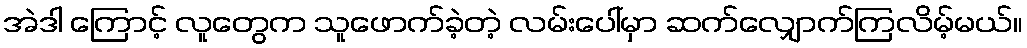
အဲဒါ ကြောင့် လူတွေက သူဖောက်ခဲ့တဲ့ လမ်းပေါ်မှာ ဆက်လျှောက်ကြလိမ့်မယ်။